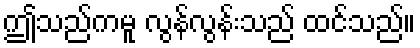
ဤသည်ကမူ လွန်လွန်းသည် ထင်သည်။